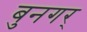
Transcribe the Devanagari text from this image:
बुनगर्